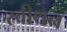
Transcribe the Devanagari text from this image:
स्वीथन